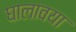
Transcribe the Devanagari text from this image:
घालावया